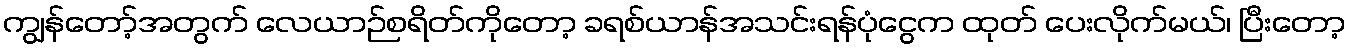
ကျွန်တော့်အတွက် လေယာဉ်စရိတ်ကိုတော့ ခရစ်ယာန်အသင်းရန်ပုံငွေက ထုတ် ပေးလိုက်မယ်၊ ပြီးတော့